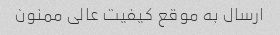
ارسال به موقع کیفیت عالی ممنون